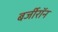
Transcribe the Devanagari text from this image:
बर्जीरॉन